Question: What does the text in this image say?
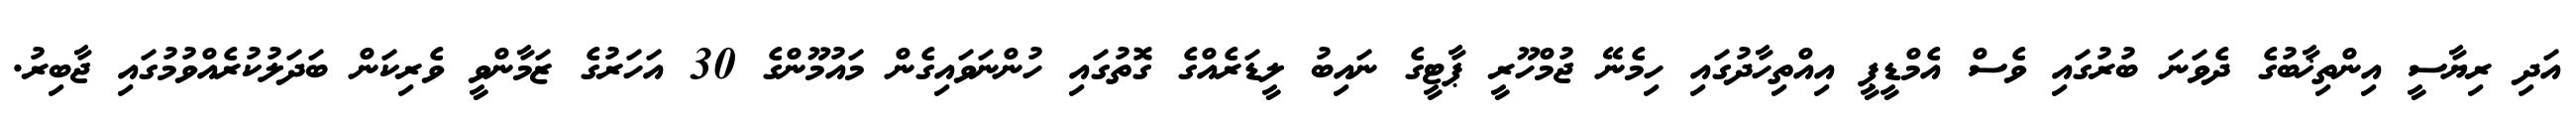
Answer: އަދި ރިޔާސީ އިންތިޚާބުގެ ދެވަނަ ބުރުގައި ވެސް އެމްޑީޕީ އިއްތިހާދުގައި ހިމެނޭ ޖުމްހޫރީ ޕާޓީގެ ނައިބު ލީޑަރެއްގެ ގޮތުގައި ހުންނަވައިގެން މައުމޫންގެ 30 އަހަރުގެ ޒަމާންވީ ވެރިކަން ބަދަލުކުރެއްވުމުގައި ޖާބިރު.